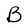
Character: B